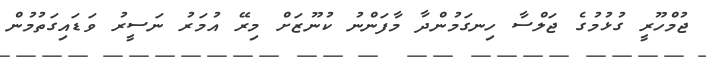
ޖުމްހޫރީ ގުޅުމުގެ ޖަލްސާ ހިނގަމުންދާ މާފަންނު ކުނޫޒަށް މިރޭ އުމަރު ނަސީރު ވަޑައިގަތުމުން